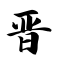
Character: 晋